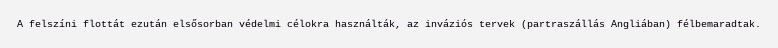
A felszíni flottát ezután elsősorban védelmi célokra használták, az inváziós tervek (partraszállás Angliában) félbemaradtak.